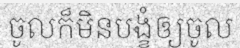
ចូលក៏មិនបង្ខំឲ្យចូល